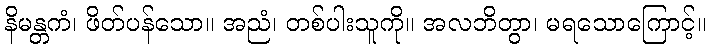
နိမန္တကံ၊ ဖိတ်ပန်သော။ အညံ၊ တစ်ပါးသူကို။ အလဘိတွာ၊ မရသောကြောင့်။